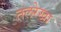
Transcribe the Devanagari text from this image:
तलरेखा